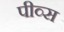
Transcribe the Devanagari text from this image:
पीव्स